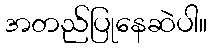
အတည်ပြုနေဆဲပါ။